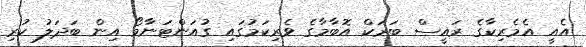
އެއީ އެމެރިކާގެ ރައީސް ބަރަކް އޮބާމާގެ ވެރިކަމުގައި ގުއަންޓަނާމޯ އިން ބަދަލު ކުރި